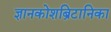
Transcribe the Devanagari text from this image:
ज्ञानकोशब्रिटानिका